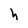
Character: h